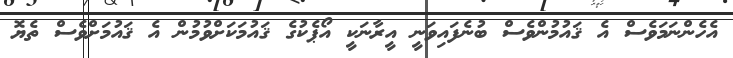
އެހެންނަމަވެސް އެ ޤައުމުންވެސް ބުނެފައިވަނީ އީރާނަކީ އޯޕެކުގެ ޤައުމަކަށްވުމުން އެ ޤައުމަށްވެސް ތެޔޮ